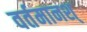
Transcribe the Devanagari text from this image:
वर्तमानश्